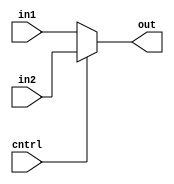
module MUX2to1_3(cntrl,in1,in2,out);
input cntrl;
input [2:0] in1,in2;
output [2:0] out;
assign out = (cntrl == 1) ? in2 : in1;
endmodule